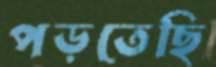
পড়তেছি